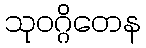
သုဝဂ္ဂိတေန